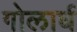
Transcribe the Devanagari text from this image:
गोलार्घ